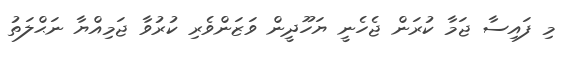
މި ފައިސާ ޖަމާ ކުރަން ޖެހެނީ ޔަހޫދީން ވަޒަންވެރި ކުރުވާ ޖަމިއްޔާ ނަޙްލަތު